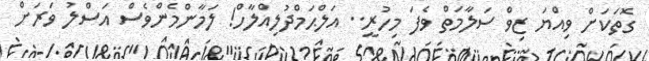
ގޮތަކަށް ވިއްޔަ ޒިވް ސަލާމަތް ވެފަ މިހުރީ.. އަލްޙަމްދުލިއްލާހް! ލަމާންމެންވެސް އަސްލު ވަރަށް